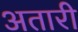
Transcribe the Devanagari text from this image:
अतारी